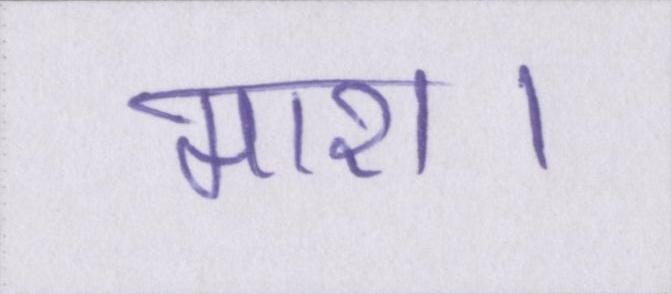
मारा।